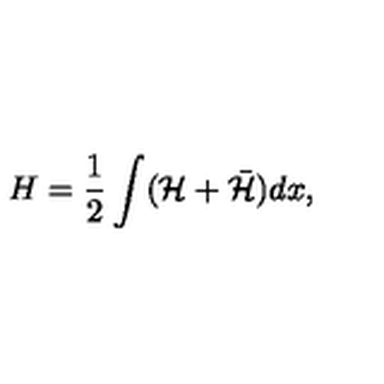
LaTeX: H = \frac { 1 } { 2 } \int ( { \cal H } + \bar { \cal H } ) d x ,